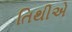
તિથીએ